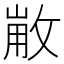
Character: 𢽸